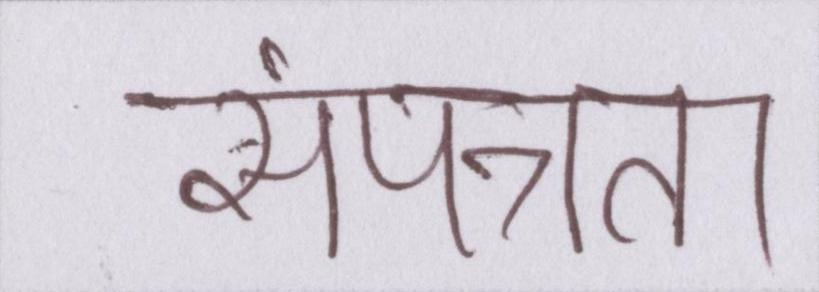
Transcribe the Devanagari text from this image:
संपन्नता